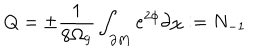
LaTeX: Q = \pm \frac { 1 } { 8 \Omega _ { 9 } } \int _ { \partial M } e ^ { 2 \phi } \partial \chi : = N _ { - 1 }